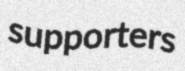
supporters